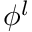
\phi ^ { l }